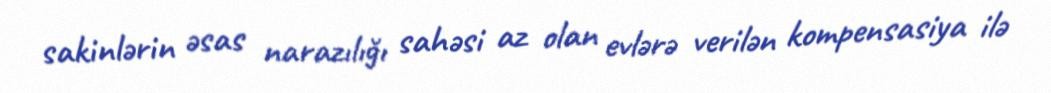
sakinlərin əsas narazılığı sahəsi az olan evlərə verilən kompensasiya ilə